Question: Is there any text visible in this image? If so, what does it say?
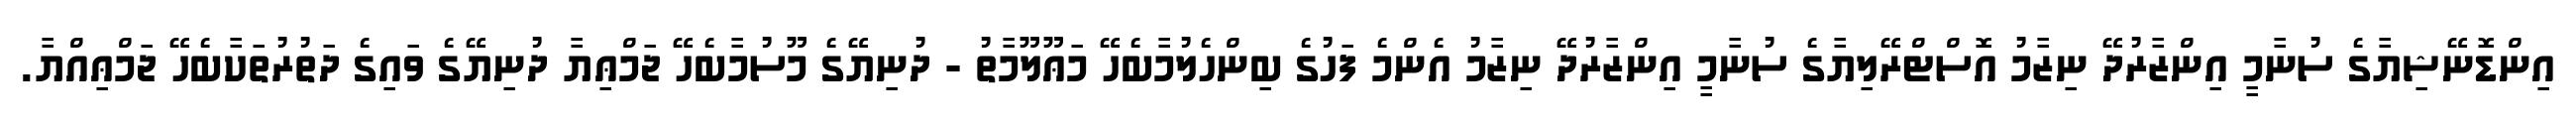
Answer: އިންޑޮނޭޝިޔާގެ ސުނާމީ އިންޒާރުދޭ ނިޒާމު އޮސްޓްރޭލިޔާގެ ސުނާމީ އިންޒާރުދޭ ނިޒާމު އެންމެ ފަހުގެ ބިންހެލުމާބެހޭ މަޢޫލޫމާތު - ދުނިޔޭގެ މޫސުމާބެހޭ ޖަމްޢިޔާ ދުނިޔޭގެ ވައިގެ ދަތުރުތަކާބެހޭ ޖަމްޢިއްޔާ.